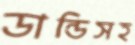
ডান্ডিসহ